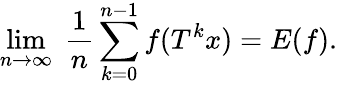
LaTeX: \operatorname*{lim}_{n\rightarrow\infty}\; {\frac{1}{n}}\sum_{k=0}^{n-1}f(T^{k}x)=E(f).